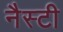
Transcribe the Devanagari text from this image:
नैस्टी